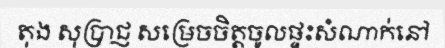
តុង សុប្រាជ្ញ សម្រេចចិត្តចូលផ្ទះសំណាក់នៅ